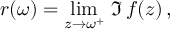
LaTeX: r ( \omega ) = \operatorname * { l i m } _ { z \rightarrow \omega ^ { + } } \, \Im \, f ( z ) \, ,